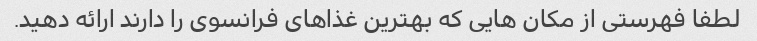
لطفا فهرستی از مکان هایی که بهترین غذاهای فرانسوی را دارند ارائه دهید.